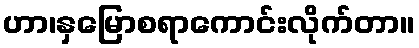
ဟာ၊နှမြောစရာကောင်းလိုက်တာ။